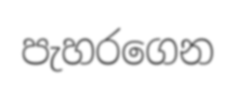
පැහරගෙන